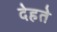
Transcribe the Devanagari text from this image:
देहते